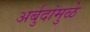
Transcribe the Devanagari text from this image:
अर्बुदांमुळे